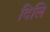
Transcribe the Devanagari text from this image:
दिलि